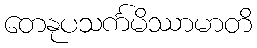
တေနုပသင်္ကမိဿာမာတိ